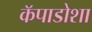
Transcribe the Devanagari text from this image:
कॅपाडोशा